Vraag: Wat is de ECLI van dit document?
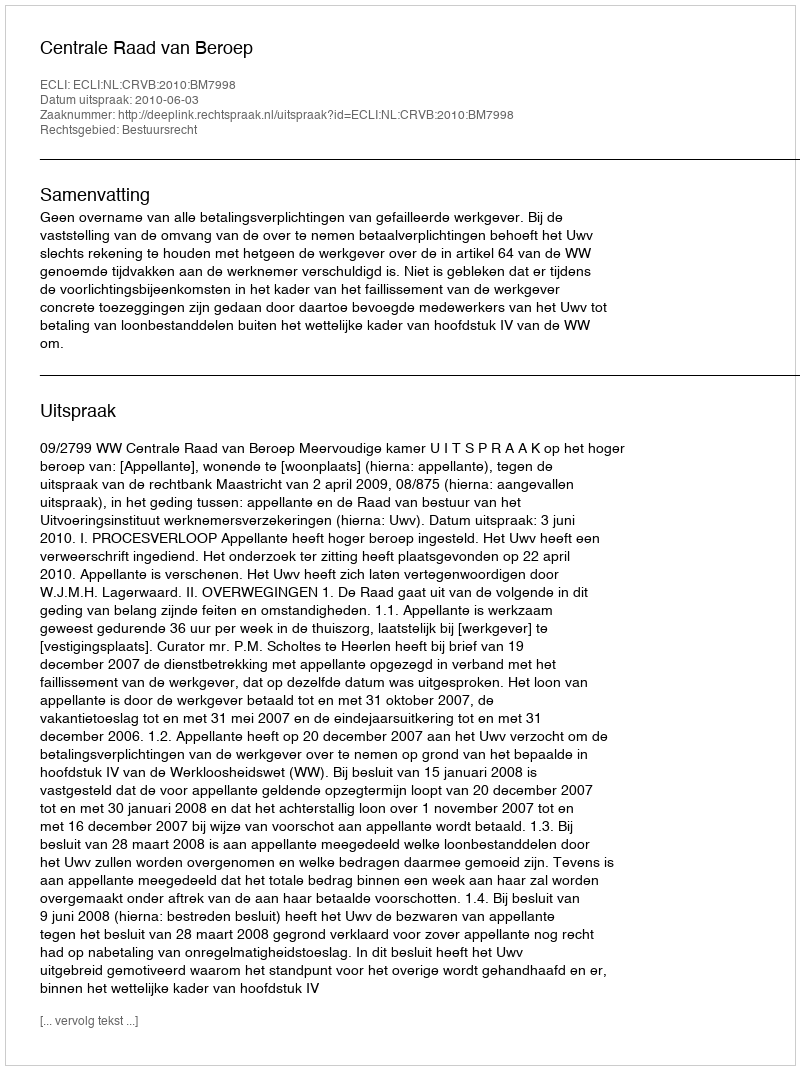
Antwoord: ECLI:NL:CRVB:2010:BM7998